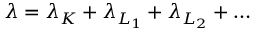
\lambda = \lambda _ { K } + \lambda _ { L _ { 1 } } + \lambda _ { L _ { 2 } } + \ldots